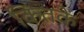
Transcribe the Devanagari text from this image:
कितके